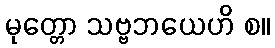
မုတ္တော သဗ္ဗဘယေဟိ စ။